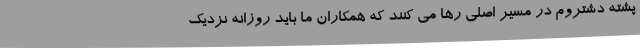
پشته دشتروم در مسیر اصلی رها می کنند که همکاران ما باید روزانه نزدیک